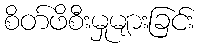
စိတ်ဖိစီးမှုများခြင်း